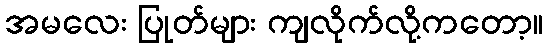
အမလေး ပြုတ်များ ကျလိုက်လို့ကတော့။